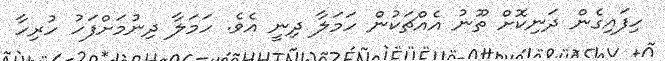
ހިފައިގެން ދަނިކޮށް ތޫނު އެއްޗަކުން ހަމަލާ ދިނީ އެވެ. ހަމަލާ ދިނުމަށްފަހު ހުރިހާ